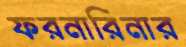
ফরনারিনার